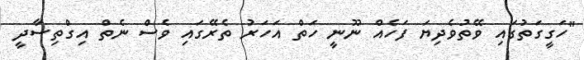
"ހަގީގަތުގައި ވޭތުވެދިޔަ ފަހެއް ނޫނީ ހަތް އަހަރު ތެރޭގައި ވެސް ނެތް އިގްތިސާދީ